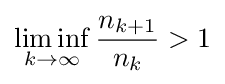
\liminf _{k\to \infty }{\frac {n_{k+1}}{n_{k}}}>1